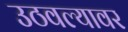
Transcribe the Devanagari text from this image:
उठवल्यावर